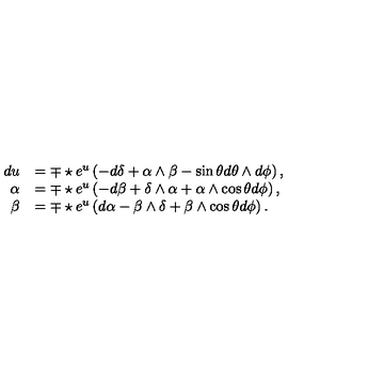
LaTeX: \begin{array} { r l } { d u } & { = \mp \star e \sp { u } \left( - d \delta + \alpha \wedge \beta - \sin \theta d \theta \wedge d \phi \right) , } \\ { \alpha } & { = \mp \star e \sp { u } \left( - d \beta + \delta \wedge \alpha + \alpha \wedge \cos \theta d \phi \right) , } \\ { \beta } & { = \mp \star e \sp { u } \left( d \alpha - \beta \wedge \delta + \beta \wedge \cos \theta d \phi \right) . } \\ \end{array}